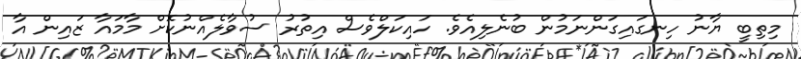
މިތިބީ ޔާނު ހިނގައިގަންނަމުން ބުނެލިއެވެ. ހައިކަލްވެސް އިތުރު ސުވާލެއްނުކޮށް މާމައާ ޒައިން އާ